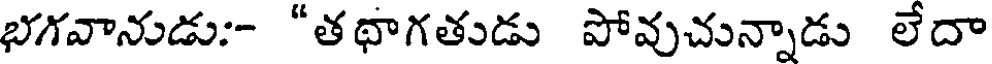
భగవానుడు:- "తథాగతుడు పోవుచున్నాడు లేదా